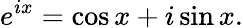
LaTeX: e^{ix}=\cos x+i\sin x.